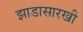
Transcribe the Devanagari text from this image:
झाडासारखी